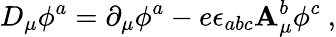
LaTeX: D_{\mu}\phi^{a}=\partial_{\mu}\phi^{a}-e\epsilon_{abc}\mathbf{A}_{\mu}^{b}\phi^{c}\ ,